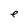
Character: e